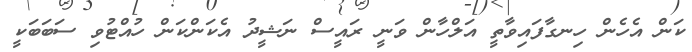
ކަން އެހެން ހިނގާފައިވާތީ އަލްހާން ވަނީ ރައީސް ނަޝީދު އެކަންކަން ހުއްޓުވި ސަބަބަކީ